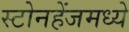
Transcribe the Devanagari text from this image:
स्टोनहेंजमध्ये